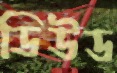
ডিউড